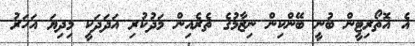
އެ އޮތޯރިޓީން ބުނީ ބޭންކިން ނިޒާމުގެ ތެރެއިން މަދުކުރި އަދަދަކީ މިދިޔަ އަހަރު